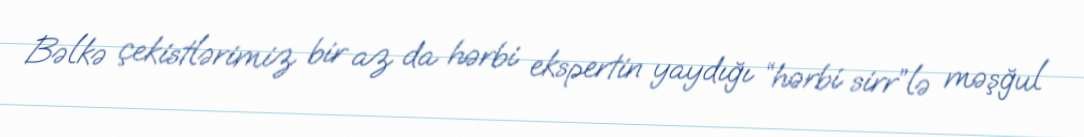
Bəlkə çekistlərimiz bir az da hərbi ekspertin yaydığı “hərbi sirr”lə məşğul